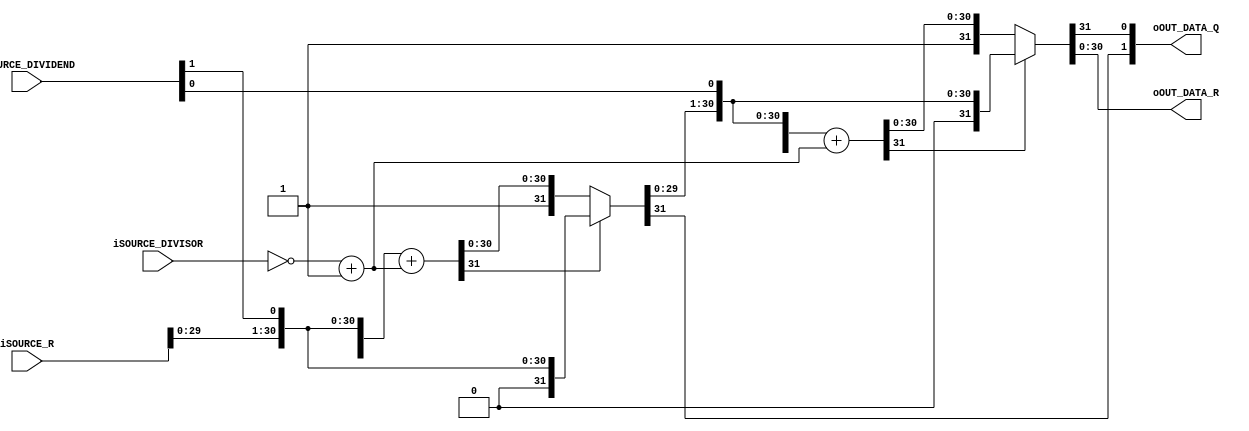
module radix2_linediv(
		input wire [1:0] iSOURCE_DIVIDEND,
		input wire [31:0] iSOURCE_DIVISOR,
		input wire [30:0] iSOURCE_R,
		output wire [1:0] oOUT_DATA_Q,
		output wire [30:0] oOUT_DATA_R
	);
	wire q0, q1;
	wire [30:0] r0, r1;
	assign {q0, r0} = func_radix2_linediv({iSOURCE_R, iSOURCE_DIVIDEND[1]}, iSOURCE_DIVISOR);
	assign {q1, r1} = func_radix2_linediv({r0, iSOURCE_DIVIDEND[0]}, iSOURCE_DIVISOR);
	function [31:0] func_radix2_linediv;
		input [31:0] func_dividend;
		input [31:0] func_divisor;
		reg [31:0] func_sub;
		begin
			func_sub = func_dividend + (~func_divisor + 32'h00000001);
			if(func_sub[31])begin
				func_radix2_linediv = {1'b0, func_dividend[30:0]};
			end
			else begin
				func_radix2_linediv = {1'b1, func_sub[30:0]};
			end
		end
	endfunction
	assign oOUT_DATA_Q = {q0, q1};
	assign oOUT_DATA_R = r1;
endmodule